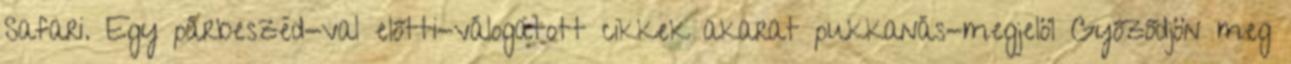
Safari. Egy párbeszéd-val előtti-válogatott cikkek akarat pukkanás-megjelöl Győződjön meg